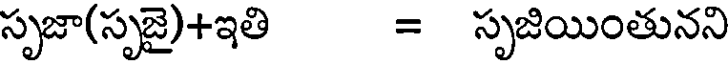
సృజా(సృజై)+ఇతి = సృజియింతునని